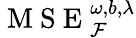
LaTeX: \mathrm{~M~S~E~}_{\mathcal{F}}^{\omega,b,\lambda}